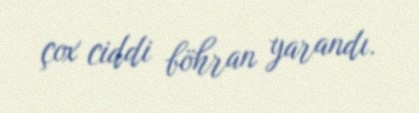
çox ciddi böhran yarandı.